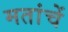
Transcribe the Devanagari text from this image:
मतांचें